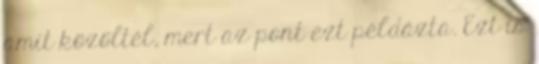
amit közöltél, mert az pont ezt példázta. Ezt is